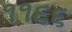
૧૧૬૬